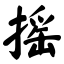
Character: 摇